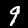
Label: 9